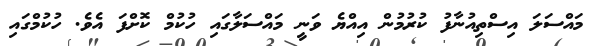
މައްސަލަ އިސްތިއުނާފު ކުރުމުން އިއްޔެ ވަނީ މައްސަލާގައި ހުކުމް ކޮށްފަ އެވެ. ހުކުމްގައި